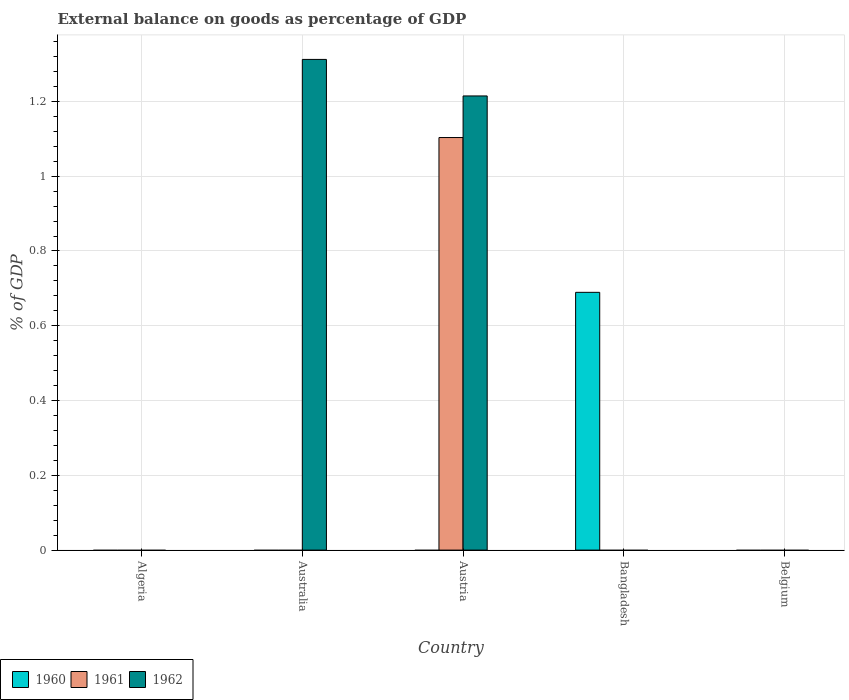
| Country | 1960 | 1961 | 1962 |
 | --- | --- | --- | --- |
 | Algeria | -28.1 | -21.3 | -1.02 |
 | Australia | -1.07 | -2.62 | 1.31 |
 | Austria | -0.0141 | 1.1 | 1.21 |
 | Bangladesh | 0.689 | -0.918 | -0.0613 |
 | Belgium | -0.7 | -0.792 | -0.0115 |